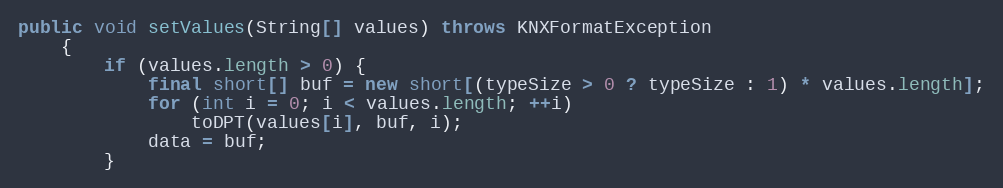
Language: Java
public void setValues(String[] values) throws KNXFormatException
	{
		if (values.length > 0) {
			final short[] buf = new short[(typeSize > 0 ? typeSize : 1) * values.length];
			for (int i = 0; i < values.length; ++i)
				toDPT(values[i], buf, i);
			data = buf;
		}